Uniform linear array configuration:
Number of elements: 4
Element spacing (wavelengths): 0.25
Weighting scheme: binomial
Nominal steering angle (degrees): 60
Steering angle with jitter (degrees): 59.316
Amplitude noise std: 0.05
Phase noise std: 0.05

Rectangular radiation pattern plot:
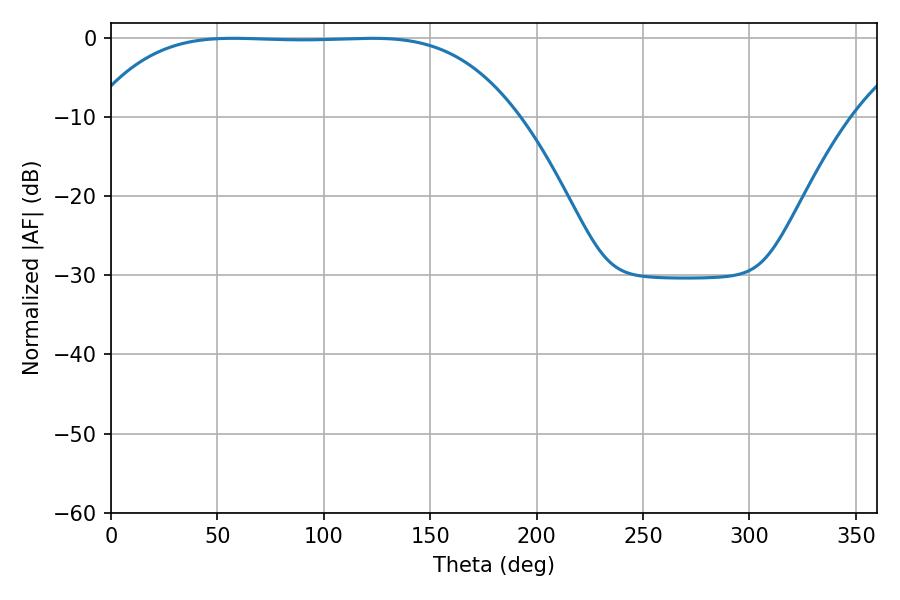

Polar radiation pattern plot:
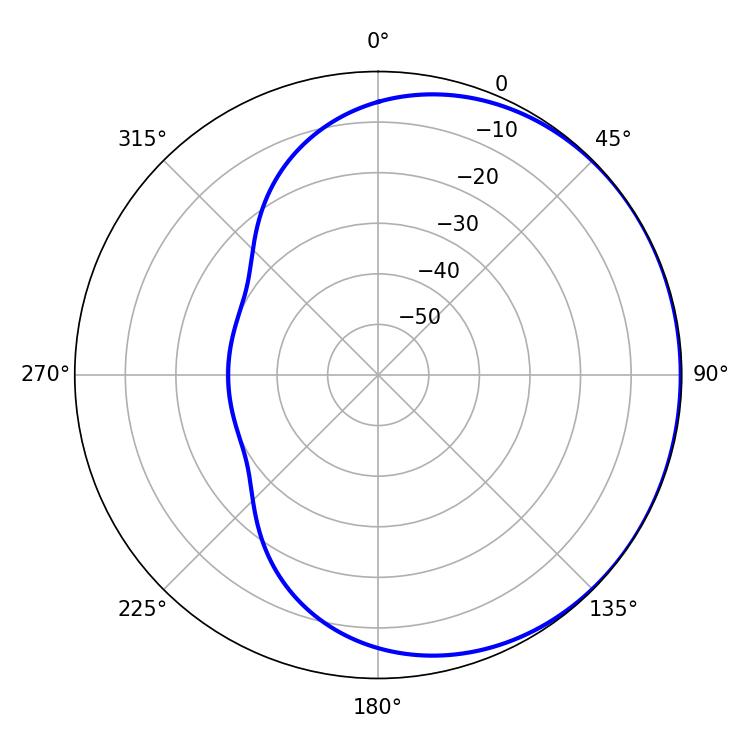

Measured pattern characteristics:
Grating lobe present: FALSE
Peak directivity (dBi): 0.4128
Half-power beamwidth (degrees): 152.64
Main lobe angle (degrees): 57.42